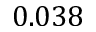
0 . 0 3 8